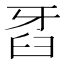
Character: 𤘈